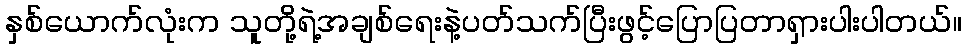
နှစ်ယောက်လုံးက သူတို့ရဲ့အချစ်ရေးနဲ့ပတ်သက်ပြီးဖွင့်ပြောပြတာရှားပါးပါတယ်။